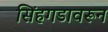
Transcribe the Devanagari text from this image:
सिंहगडावरून